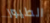
الطيور